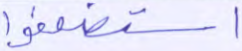
استضعفوا